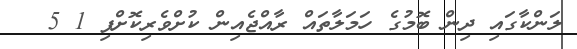
ލަންކާގައި ދިން ބޮމުގެ ހަމަލާތައް ރާއްޖެއިން ކުށްވެރިކޮށްފި 1 5